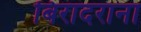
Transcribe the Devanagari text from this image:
बिरादराना